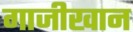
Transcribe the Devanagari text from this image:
गाजीखान